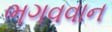
ભગવવાન